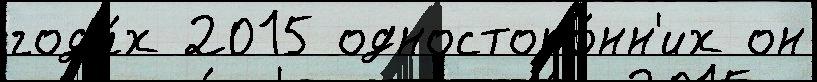
года́х 2015 односторо́нн'их он